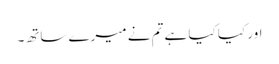
اور کیا کیا ہے تم نے میرے ساتھ۔